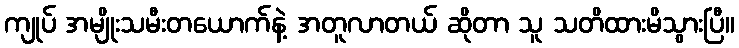
ကျုပ် အမျိုးသမီးတယောက်နဲ့ အတူလာတယ် ဆိုတာ သူ သတိထားမိသွားပြီ။